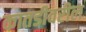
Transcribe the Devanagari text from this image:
कातडीवरील